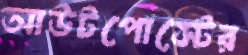
আউটপোস্টের